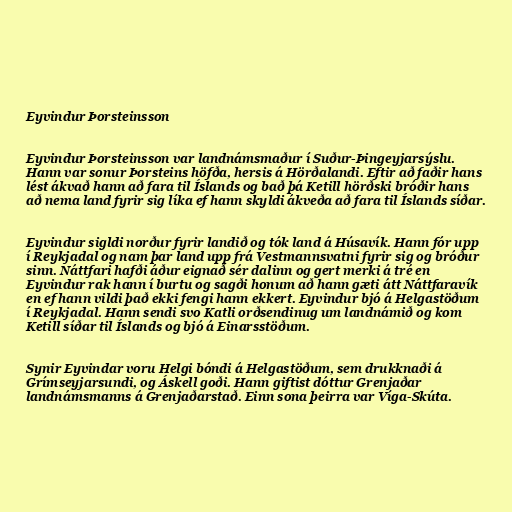
Eyvindur Þorsteinsson

Eyvindur Þorsteinsson var landnámsmaður í Suður-Þingeyjarsýslu.
Hann var sonur Þorsteins höfða, hersis á Hörðalandi. Eftir að faðir hans
lést ákvað hann að fara til Íslands og bað þá Ketill hörðski bróðir hans
að nema land fyrir sig líka ef hann skyldi ákveða að fara til Íslands síðar.

Eyvindur sigldi norður fyrir landið og tók land á Húsavík. Hann fór upp
í Reykjadal og nam þar land upp frá Vestmannsvatni fyrir sig og bróður
sinn. Náttfari hafði áður eignað sér dalinn og gert merki á tré en
Eyvindur rak hann í burtu og sagði honum að hann gæti átt Náttfaravík
en ef hann vildi það ekki fengi hann ekkert. Eyvindur bjó á Helgastöðum
í Reykjadal. Hann sendi svo Katli orðsendinug um landnámið og kom
Ketill síðar til Íslands og bjó á Einarsstöðum.

Synir Eyvindar voru Helgi bóndi á Helgastöðum, sem drukknaði á
Grímseyjarsundi, og Áskell goði. Hann giftist dóttur Grenjaðar
landnámsmanns á Grenjaðarstað. Einn sona þeirra var Víga-Skúta.